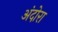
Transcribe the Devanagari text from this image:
अंदोरा